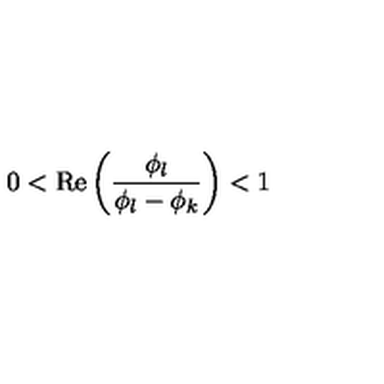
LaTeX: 0 < \mathrm { R e } \left( \frac { \phi _ { l } } { \phi _ { l } - \phi _ { k } } \right) < 1